65_HS1-834228961_62-HQ-83894_Section_9
Agency: FBI
Page 4
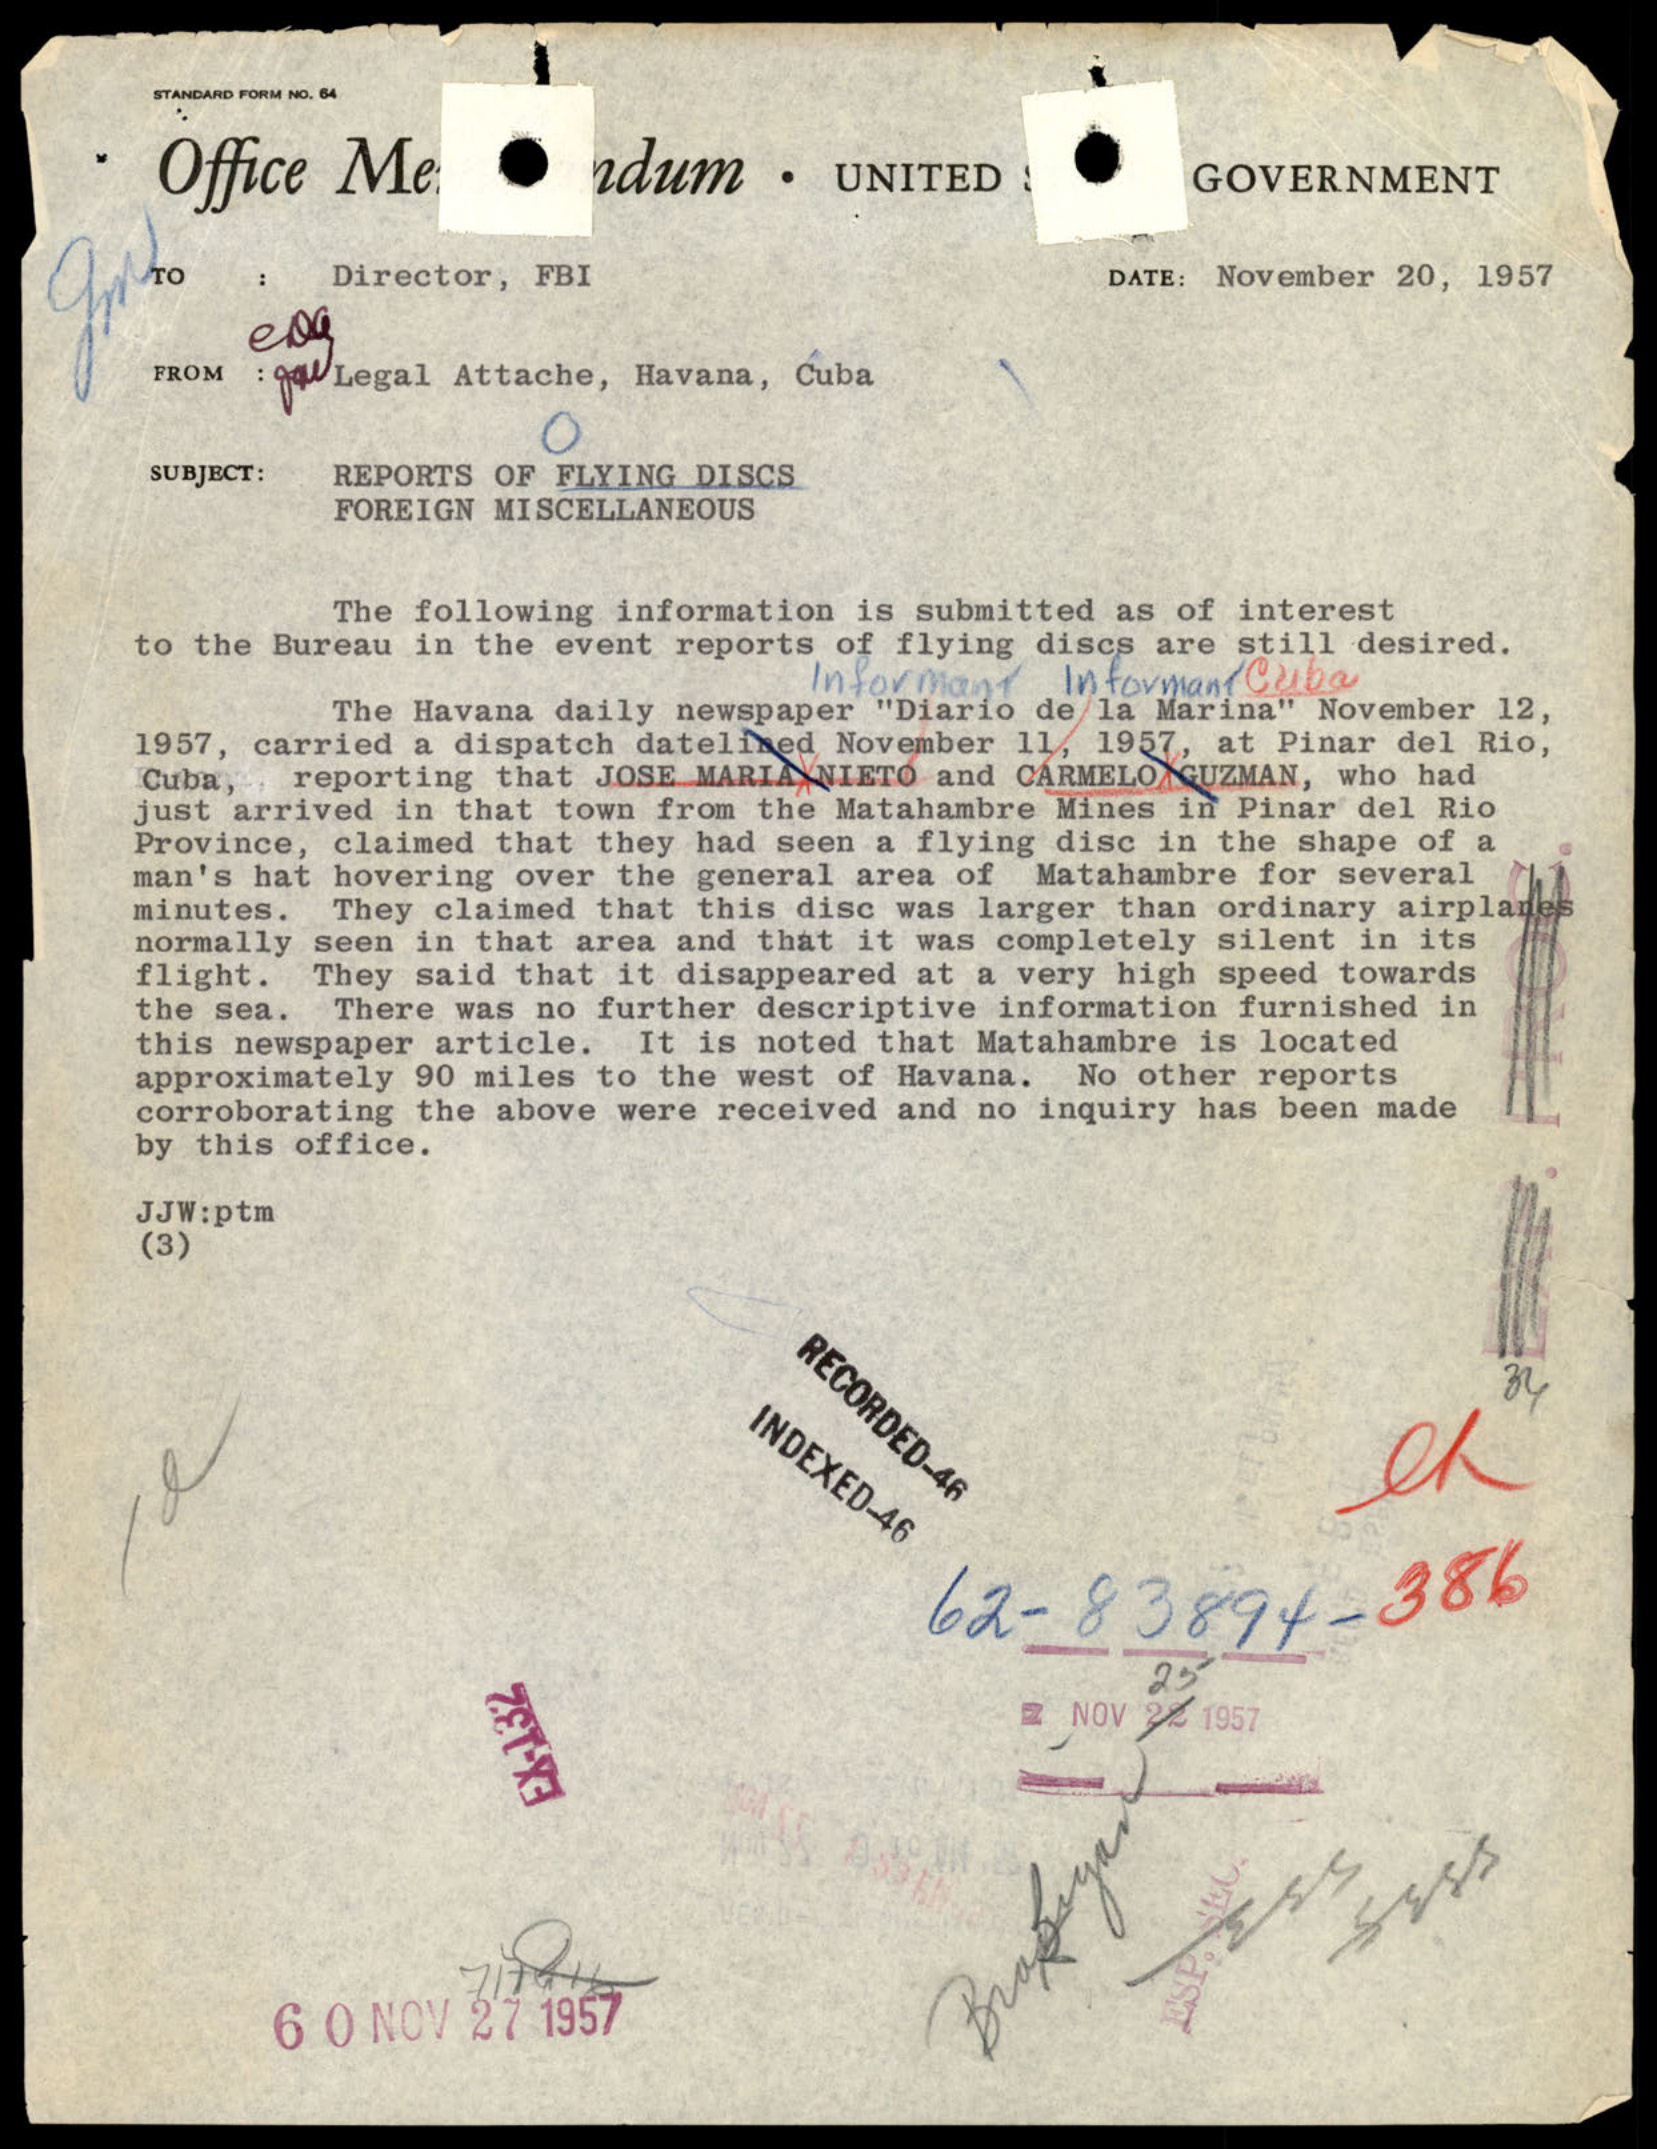